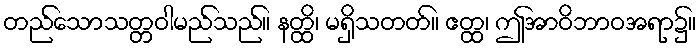
တည်သောသတ္တဝါမည်သည်။ နတ္ထိ၊ မရှိသတတ်။ ဧတ္ထ၊ ဤအာဝိဘာဝအရာ၌။